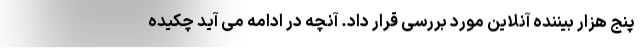
پنج هزار بیننده آنلاین مورد بررسی قرار داد. آنچه در ادامه می آید چکیده